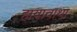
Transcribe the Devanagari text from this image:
हायावाथा